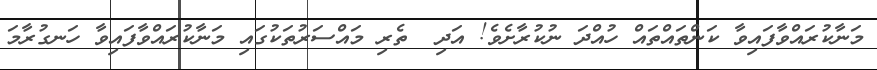
މަނާކުރައްވާފައިވާ ކަންތައްތައް ހުއްދަ ނުކުރާށެވެ! އަދި  ތެރި މައްސަރުތަކުގައި މަނާކުރައްވާފައިވާ ހަނގުރާމަ